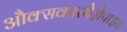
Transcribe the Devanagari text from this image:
औक्सकारबेज़ेपाइन